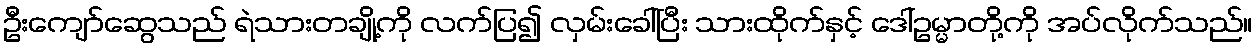
ဦးကျော်ဆွေသည် ရဲသားတချို့ကို လက်ပြ၍ လှမ်းခေါ်ပြီး သားထိုက်နှင့် ဒေါ်ဥမ္မာတို့ကို အပ်လိုက်သည်။